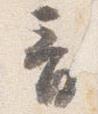
音